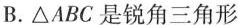
B.\triangle ABC是锐角三角形